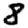
Digit: 8